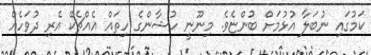
ކަމުގައި ނުބަލާ އުޅުމަށް ބުންޏެވެ. މިނޫނީ ހުޝާންގެ ހިތައް އެއްޗެކޭ އެރި ދުވަހެއް